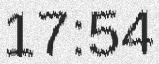
17:54